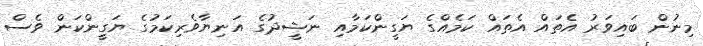
މިނުން ބައިވަރު އެތައް އެތައް ކަމެއްގެ ޔަގީންކަމާއި ނަޝީދުގެ އަނިޔާވެރިކަމުގެ ޔަގީންކަން ވެސް